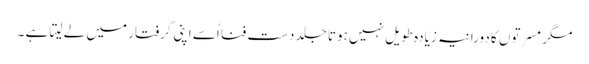
مگر مسرتوں کا دورانیہ زیادہ طویل نہیں ہوتا جلد دست فنا اُسے اپنی گرفتار میں لے لیتا ہے ۔